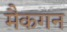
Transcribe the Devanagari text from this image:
मैकगन